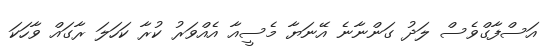
އަސްފާގްވެސް ލަދު ގަންނާނެ އޭނަޔާ މެސީއާ އެއްވަރު ކުރާ ކަހަލަ ރާގައް ވާހަކަ